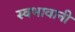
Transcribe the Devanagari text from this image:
स्वभावानी